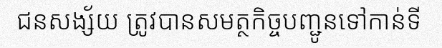
ជនសង្ស័យ ត្រូវបានសមត្ថកិច្ចបញ្ជូនទៅកាន់ទី